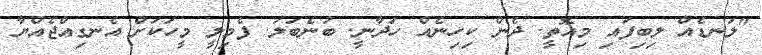
"ލަނޑެއް ލިބިފައި މިއޮތީ. ދެން ކިހިނެއް ހަދާނީ. ބުނެބަލަ. ފެމިލީ މީހަކަށް އެނގިއްޖެއްޔާ